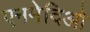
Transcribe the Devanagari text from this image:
एनमेदिओ